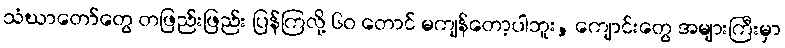
သံဃာတော်တွေ တဖြည်းဖြည်း ပြန်ကြလို့ ၆၀ တောင် မကျန်တော့ပါဘူး, ကျောင်းတွေ အများကြီးမှာ